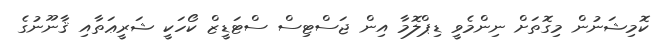
ކޮމިޝަނުން މިގޮތަށް ނިންމެވީ ޑިޕްލޮމާ އިން ޖަސްޓިސް ސްޓަޑީޒް ކޯހަކީ ޝަރީޢަތާއި ޤާނޫނުގެ